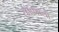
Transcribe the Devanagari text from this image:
रक्षकबलों